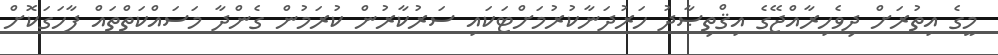
މީގެ އިތުރަށް ދިވެހިރާއްޖޭގެ އިޤްތިޞާދު ހަރުދަނާކުރުމަށްޓަކައި ސަރުކާރުން ކުރަމުން ގެންދާ މަސައްކަތްތައް ފާހަގަކޮށް